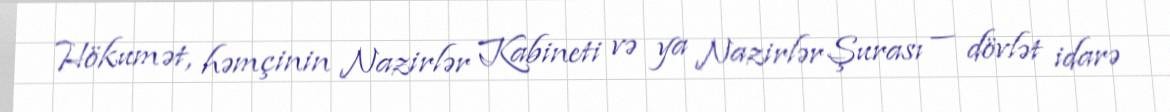
Hökumət, həmçinin Nazirlər Kabineti və ya Nazirlər Şurası — dövlət idarə